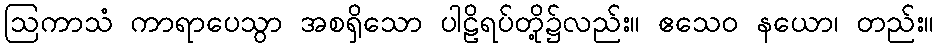
ဩကာသံ ကာရာပေသွာ အစရှိသော ပါဠိရပ်တို့၌လည်း။ ဧသေဝ နယော၊ တည်း။